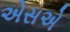
એસએ